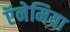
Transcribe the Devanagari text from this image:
ऍनेमिया